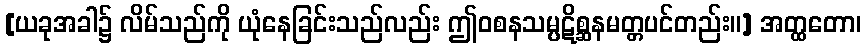
[ယခုအခါ၌ လိမ်သည်ကို ယုံနေခြင်းသည်လည်း ဤဝစနသမ္ပဋိစ္ဆနမတ္တပင်တည်း။] အတ္ထတော၊